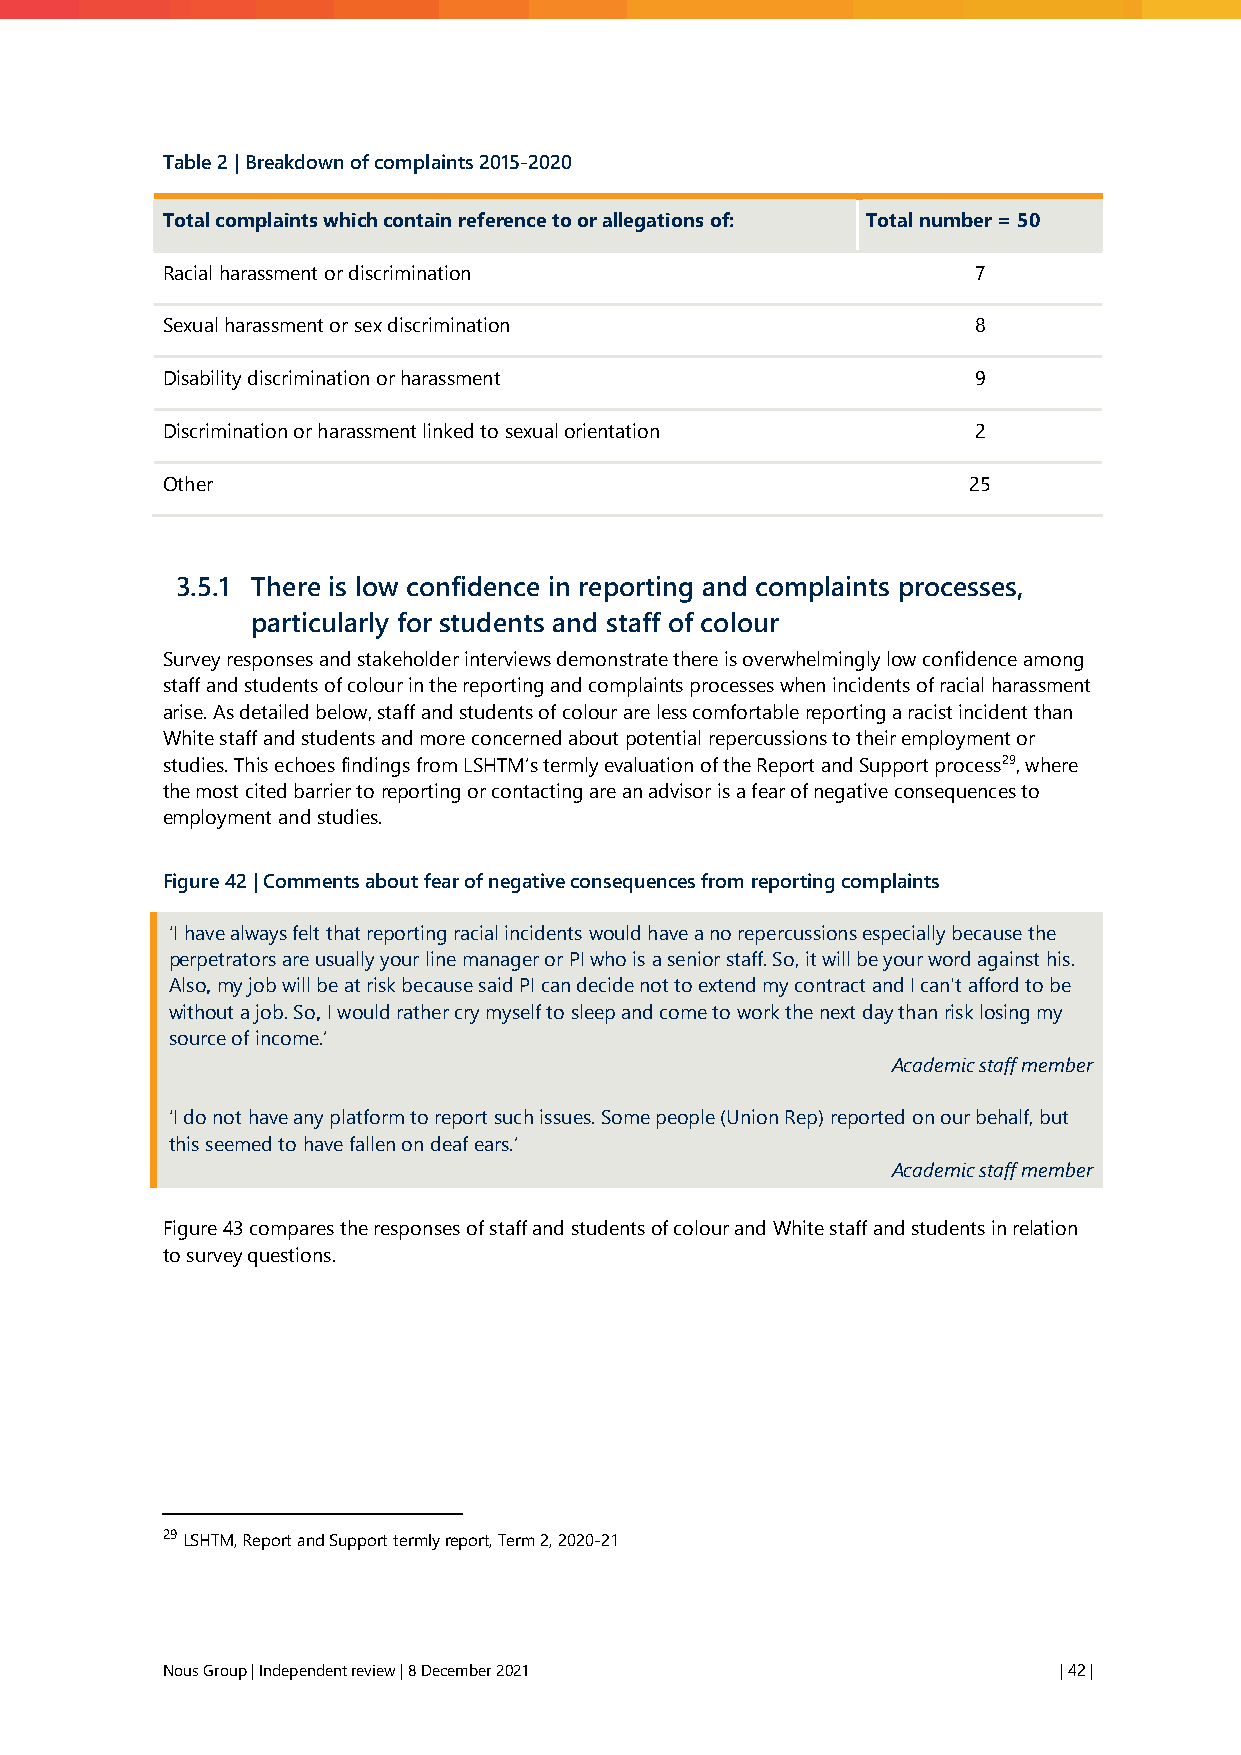
Table 2 | Breakdown of complaints 2015-2020
 Total complaints which contain reference to or allegations of: Total number = 50
 Racial harassment or discrimination                  7
 Sexual harassment or sex discrimination              8
 Disability discrimination or harassment              9
 Discrimination or harassment linked to sexual orientation 2
 Other                                                25
 3.5.1 There is low confidence in reporting and complaints processes,
 particularly for students and staff of colour
 Survey responses and stakeholder interviews demonstrate there is overwhelmingly low confidence among
 staff and students of colour in the reporting and complaints processes when incidents of racial harassment
 arise. As detailed below, staff and students of colour are less comfortable reporting a racist incident than
 White staff and students and more concerned about potential repercussions to their employment or
 studies. This echoes findings from LSHTM’s termly evaluation of the Report and Support process29, where
 the most cited barrier to reporting or contacting are an advisor is a fear of negative consequences to
 employment and studies.
 Figure 42 | Comments about fear of negative consequences from reporting complaints
 ‘I have always felt that reporting racial incidents would have a no repercussions especially because the
 perpetrators are usually your line manager or PI who is a senior staff. So, it will be your word against his.
 Also, my job will be at risk because said PI can decide not to extend my contract and I can't afford to be
 without a job. So, I would rather cry myself to sleep and come to work the next day than risk losing my
 source of income.’
 Academic staff member
 ‘I do not have any platform to report such issues. Some people (Union Rep) reported on our behalf, but
 this seemed to have fallen on deaf ears.’
 Academic staff member
 Figure 43 compares the responses of staff and students of colour and White staff and students in relation
 to survey questions.
 29 LSHTM, Report and Support termly report, Term 2, 2020-21
 Nous Group | Independent review | 8 December 2021          | 42 |